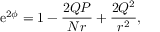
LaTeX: \mathrm { e } ^ { 2 \phi } = 1 - \frac { 2 Q P } { N r } + \frac { 2 Q ^ { 2 } } { r ^ { 2 } } ,